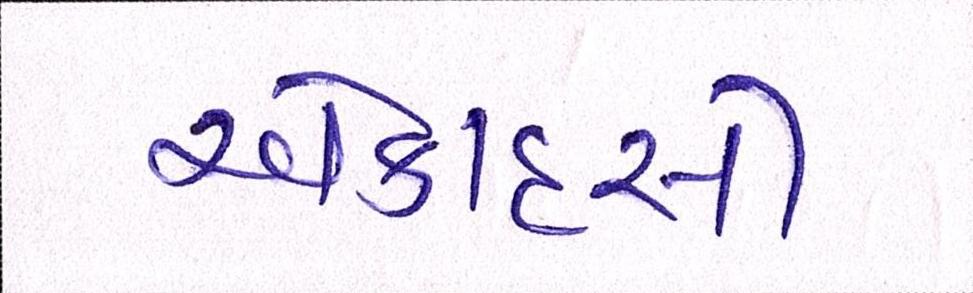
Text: એકાદસી